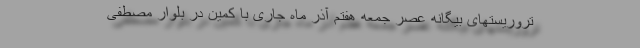
تروریستهای بیگانه عصر جمعه هفتم آذر ماه جاری با کمین در بلوار مصطفی